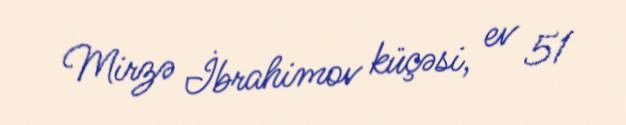
Mirzə İbrahimov küçəsi, ev 51